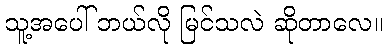
သူ့အပေါ် ဘယ်လို မြင်သလဲ ဆိုတာလေ။